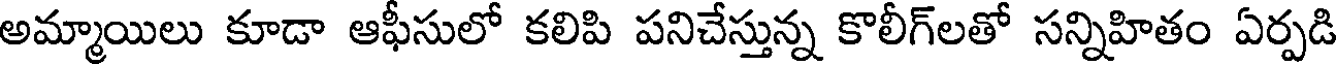
అమ్మాయిలు కూడా ఆఫీసులో కలిపి పనిచేస్తున్న కొలీగ్లతో సన్నిహితం ఏర్పడి